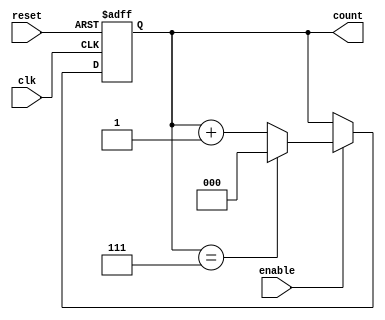
module binary_up_counter #(
    parameter N = 3  // Number of bits for the counter (default is 3 bits)
) (
    input wire clk,          // Clock signal
    input wire reset,        // Asynchronous reset signal
    input wire enable,       // Enable signal
    output reg [N-1:0] count // Output count value
);

    // Always block triggered on the rising edge of the clock or reset
    always @(posedge clk or posedge reset) begin
        if (reset) begin
            count <= 0; // Reset the counter to zero
        end else if (enable) begin
            if (count == (2**N - 1)) begin
                count <= 0; // Wrap around to zero after reaching maximum count
            end else begin
                count <= count + 1; // Increment the counter
            end
        end
    end

endmodule